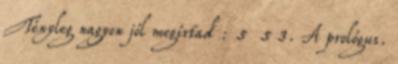
Tényleg nagyon jól megírtad : 5 5 3. A prológus.